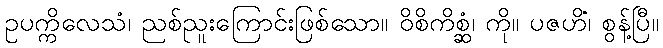
ဥပက္ကိလေသံ၊ ညစ်ညူးကြောင်းဖြစ်သော။ ဝိစိကိစ္ဆံ၊ ကို။ ပဇဟိံ၊ စွန့်ပြီ။